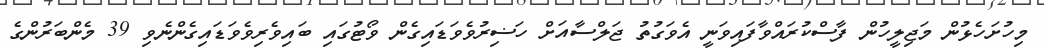
މިހުށަހެޅުން މަޖިލީހުން ފާސްކުރައްވާފައިވަނީ އެވަގުތު ޖަލްސާއަށް ހަޟިރުވެވަޑައިގެން ވޯޓުގައި ބައިވެރިވެވަޑައިގެންނެވި 39 މެންބަރުންގެ